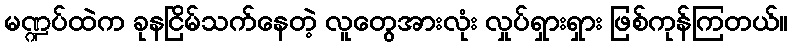
မဏ္ဍပ်ထဲက ခုနငြိမ်သက်နေတဲ့ လူတွေအားလုံး လှုပ်ရှားရှား ဖြစ်ကုန်ကြတယ်။